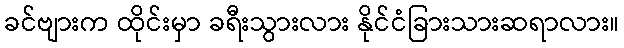
ခင်ဗျားက ထိုင်းမှာ ခရီးသွားလား နိုင်ငံခြားသားဆရာလား။